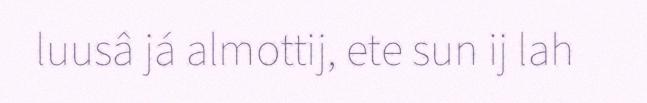
luusâ já almottij, ete sun ij lah